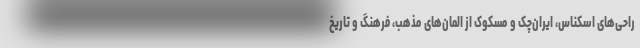
راحی‌های اسکناس، ایران‌چک و مسکوک از المان‌های مذهب، فرهنگ و تاریخ